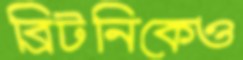
ব্রিটনিকেও